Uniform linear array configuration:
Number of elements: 24
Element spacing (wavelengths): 1
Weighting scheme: kaiser
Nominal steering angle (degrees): -30
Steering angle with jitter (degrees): -29.83
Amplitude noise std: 0.05
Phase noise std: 0.05

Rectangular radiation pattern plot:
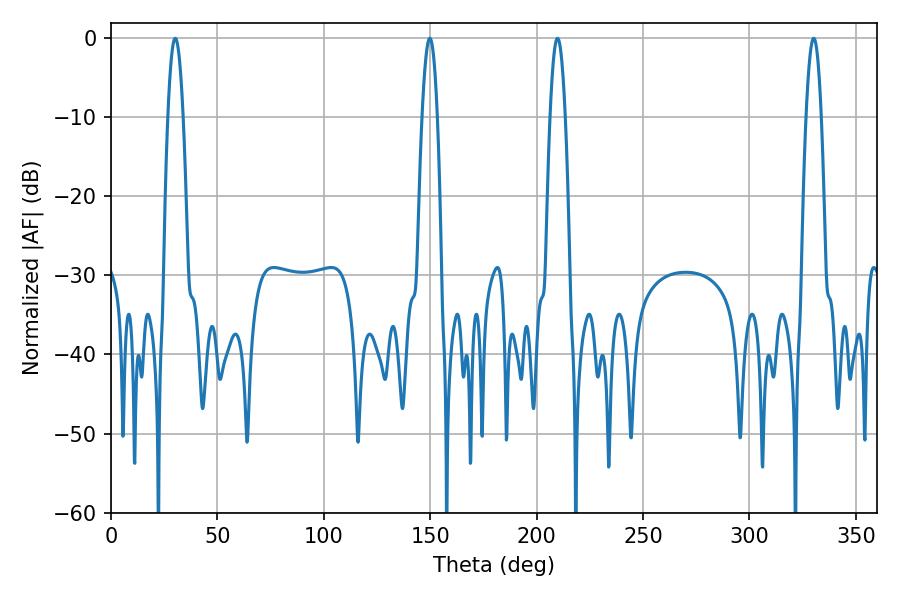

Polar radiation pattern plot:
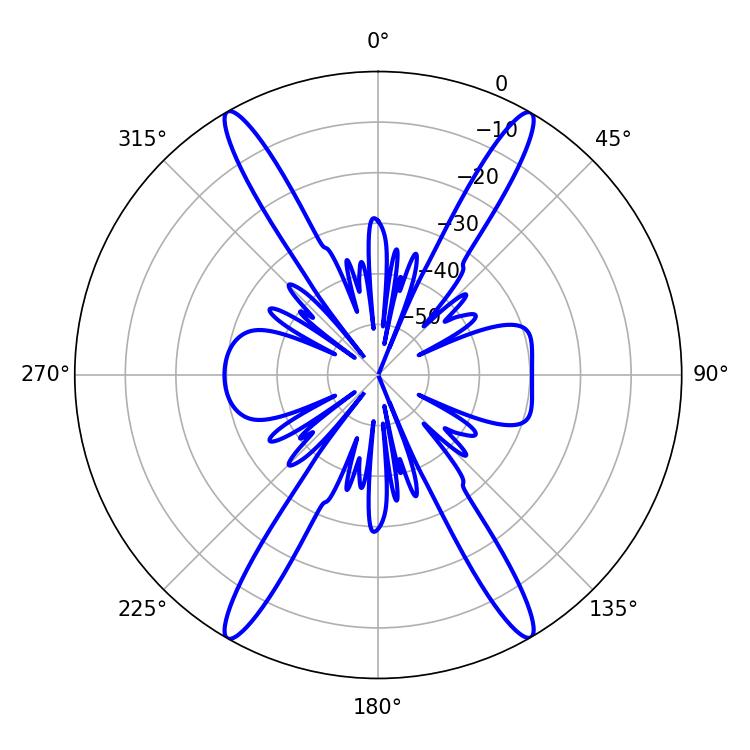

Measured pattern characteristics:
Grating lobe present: TRUE
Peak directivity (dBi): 31.374
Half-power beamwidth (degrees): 3.96
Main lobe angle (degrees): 30.24